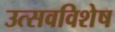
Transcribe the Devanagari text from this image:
उत्सवविशेष